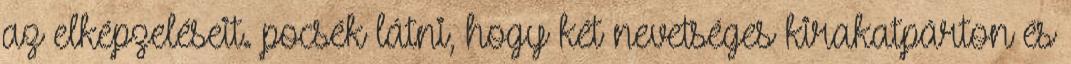
az elképzeléseit. pocsék látni, hogy két nevetséges kirakatpárton és